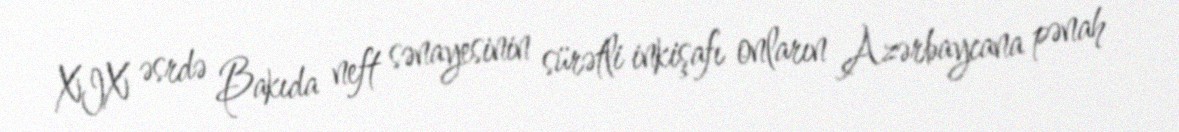
XIX əsrdə Bakıda neft sənayesinin sürətli inkişafı onların Azərbaycana pənah